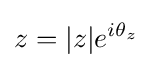
z=|z|e^{i\theta _{z}}